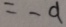
= - 9